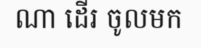
ណា ដើរ ចូលមក